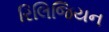
રિલિજિયન